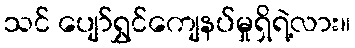
သင် ပျော်ရွှင်ကျေနပ်မှုရှိရဲ့လား။